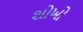
શોખો